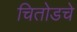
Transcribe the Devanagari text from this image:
चितोडचे